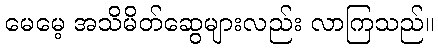
မေမေ့ အသိမိတ်ဆွေများလည်း လာကြသည်။